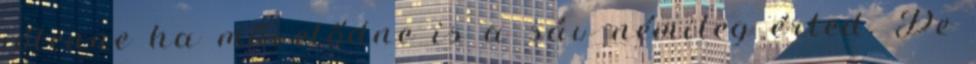
jólenne ha művelődne is a sáv némileg érted. De